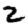
Digit: 2